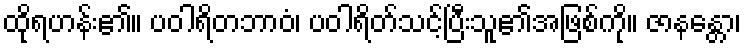
ထိုရဟန်း၏။ ပဝါရိတဘာဝံ၊ ပဝါရိတ်သင့်ပြီးသူ၏အဖြစ်ကို။ ဇာနန္တော၊